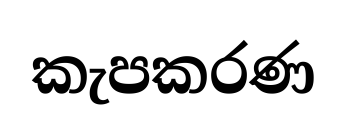
කැපකරණ